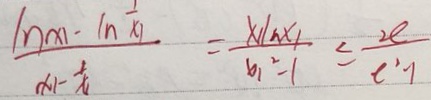
\frac { \ln x _ { 1 } - \ln _ { \frac { 1 } { x _ { 1 } } } } { x _ { 1 } - \frac { 1 } { x _ { 1 } } } = \frac { x _ { 1 } \ln x _ { 1 } } { x _ { 1 } ^ { 2 } - 1 } \leq \frac { 2 e } { e ^ { 2 } - 1 }